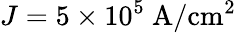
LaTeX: J=5\times 10^{5}~\mathrm{A/cm^{2}}